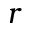
r